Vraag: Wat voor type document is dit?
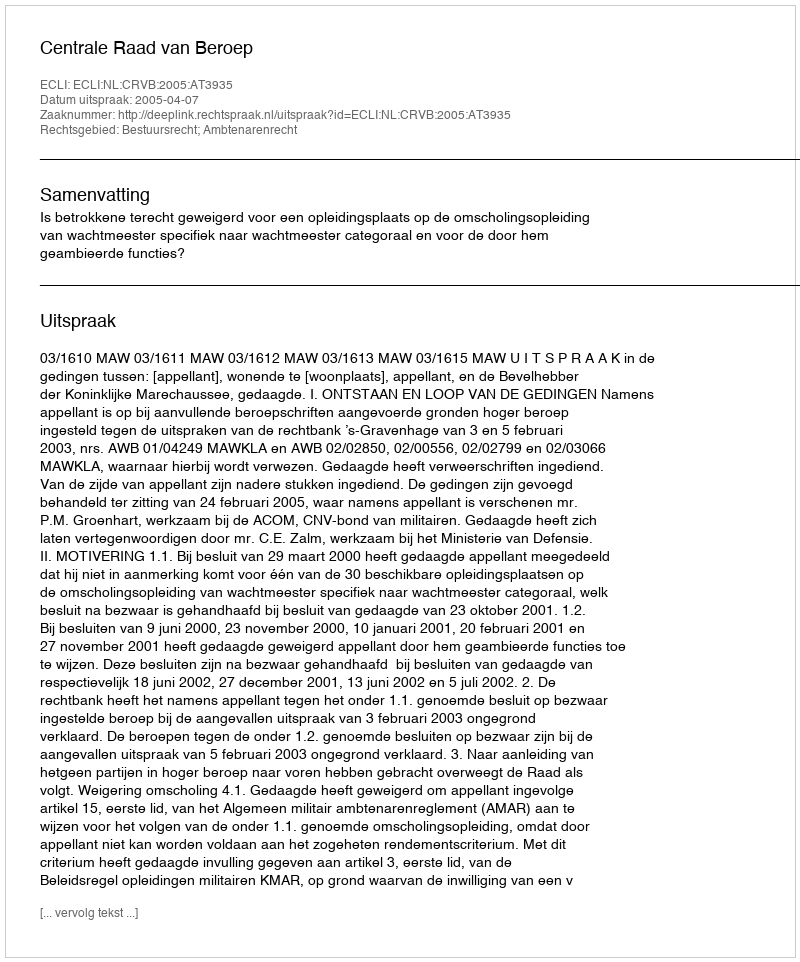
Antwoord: Uitspraak